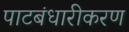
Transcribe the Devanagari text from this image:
पाटबंधारीकरण